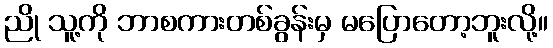
ညို သူ့ကို ဘာစကားတစ်ခွန်းမှ မပြောတော့ဘူးလို့။